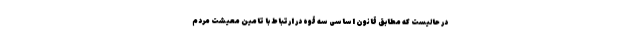
در حالیست که مطابق قانون اساسی سه قوه در ارتباط با تامین معیشت مردم